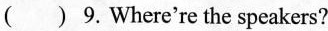
( ) 9.Where're the speakers?